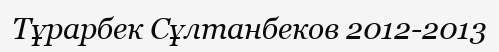
Тұрарбек Сұлтанбеков 2012-2013